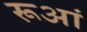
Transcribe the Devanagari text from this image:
रूआं